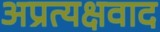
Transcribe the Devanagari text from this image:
अप्रत्यक्षवाद